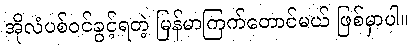
အိုလံပစ်ဝင်ခွင့်ရတဲ့ မြန်မာကြက်တောင်မယ် ဖြစ်မှာပါ။